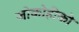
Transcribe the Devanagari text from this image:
जोकोहीको